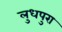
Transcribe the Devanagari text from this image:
लुधपुरा